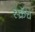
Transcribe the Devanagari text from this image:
स्क्रॅच